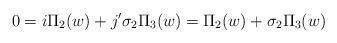
LaTeX: \begin{align*} 0=i \Pi_{2}(w) + j' \sigma_{2}\Pi_{3}(w)=\Pi_{2}(w)+\sigma_{2}\Pi_{3}(w)\end{align*}